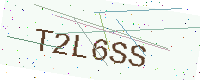
Text: T2L6SS